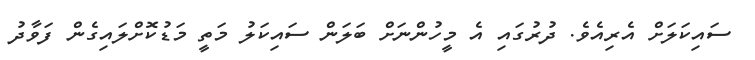
ސައިކަލަށް އެރިއެވެ. ދުރުގައި އެ މީހުންނަށް ބަލަން ސައިކަލު މަތީ މަޑުކޮށްލައިގެން ފަވާދު